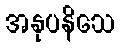
အနုပနိသေ